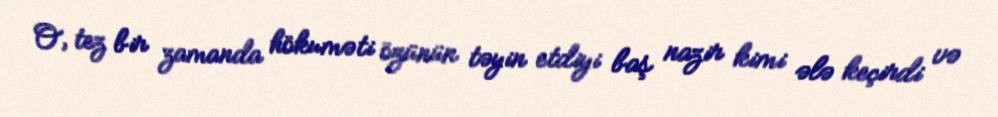
O, tez bir zamanda hökuməti özünün təyin etdiyi baş nazir kimi ələ keçirdi və